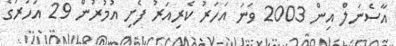
އާސެނަލް އިން 2003 ވަނަ އަހަރު ކެރިއަރު ފެށި އުމުރުން 29 އަހަރުގެ